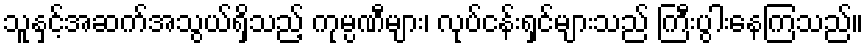
သူနှင့်အဆက်အသွယ်ရှိသည့် ကုမ္ပဏီများ၊ လုပ်ငန်းရှင်များသည် ကြီးပွါးနေကြသည်။